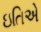
ઇતિએ